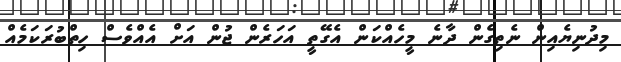
މިދުނިޔެއިން ނެތިގެން ދާނެ މީހެއްކަން އެގޭތީ އަހަރެން ޖުން އަށް އެއްވެސް ހިތްބުރަކަމެއް